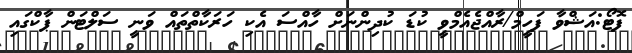
ފޮޓޯ:އަޝްވާ ފަހީމް/ރާއްޖެއެމްވީ ކުޑަ ކުދިންނަށް ހާއްސަ އެކި ހަރަކާތްތައް ވަނީ ސަލްޓަން ޕާކްގައި